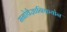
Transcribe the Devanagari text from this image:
मनोवैज्ञानिकयोन